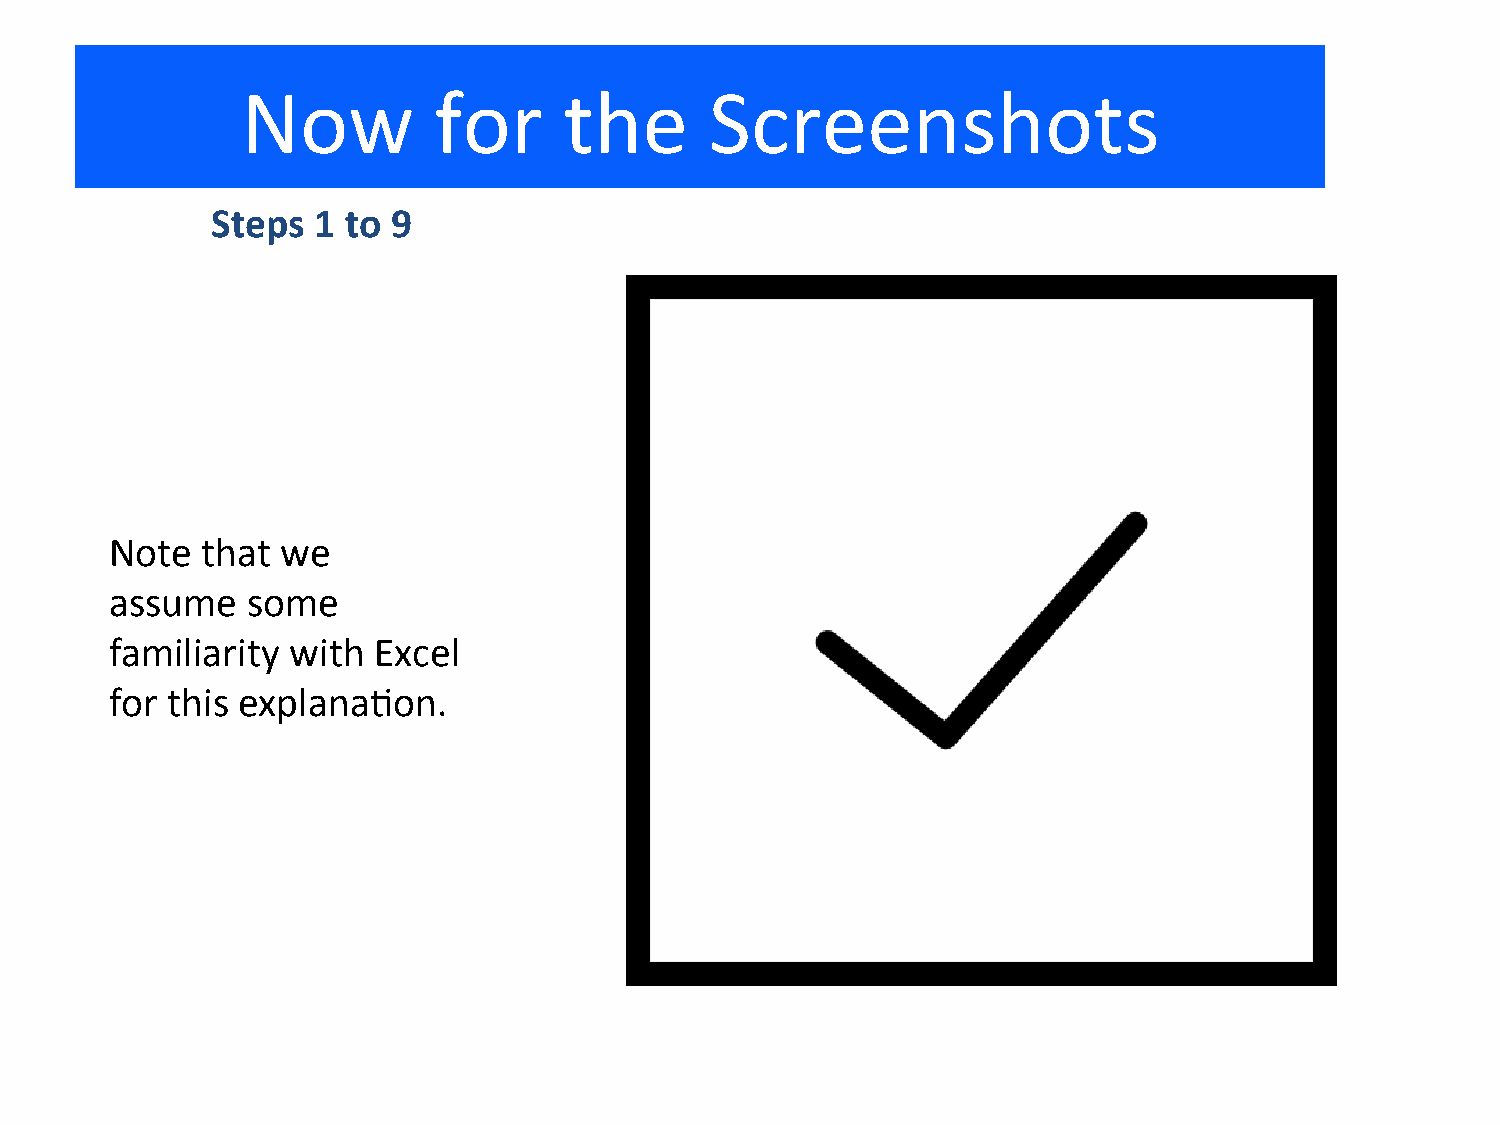
Now          for     the       Screenshots
 Steps  1 to 9
 Note  that  we
 assume   some
 familiarity with  Excel
 for this explanaKon.